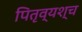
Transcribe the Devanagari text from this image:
पितृव्यश्च